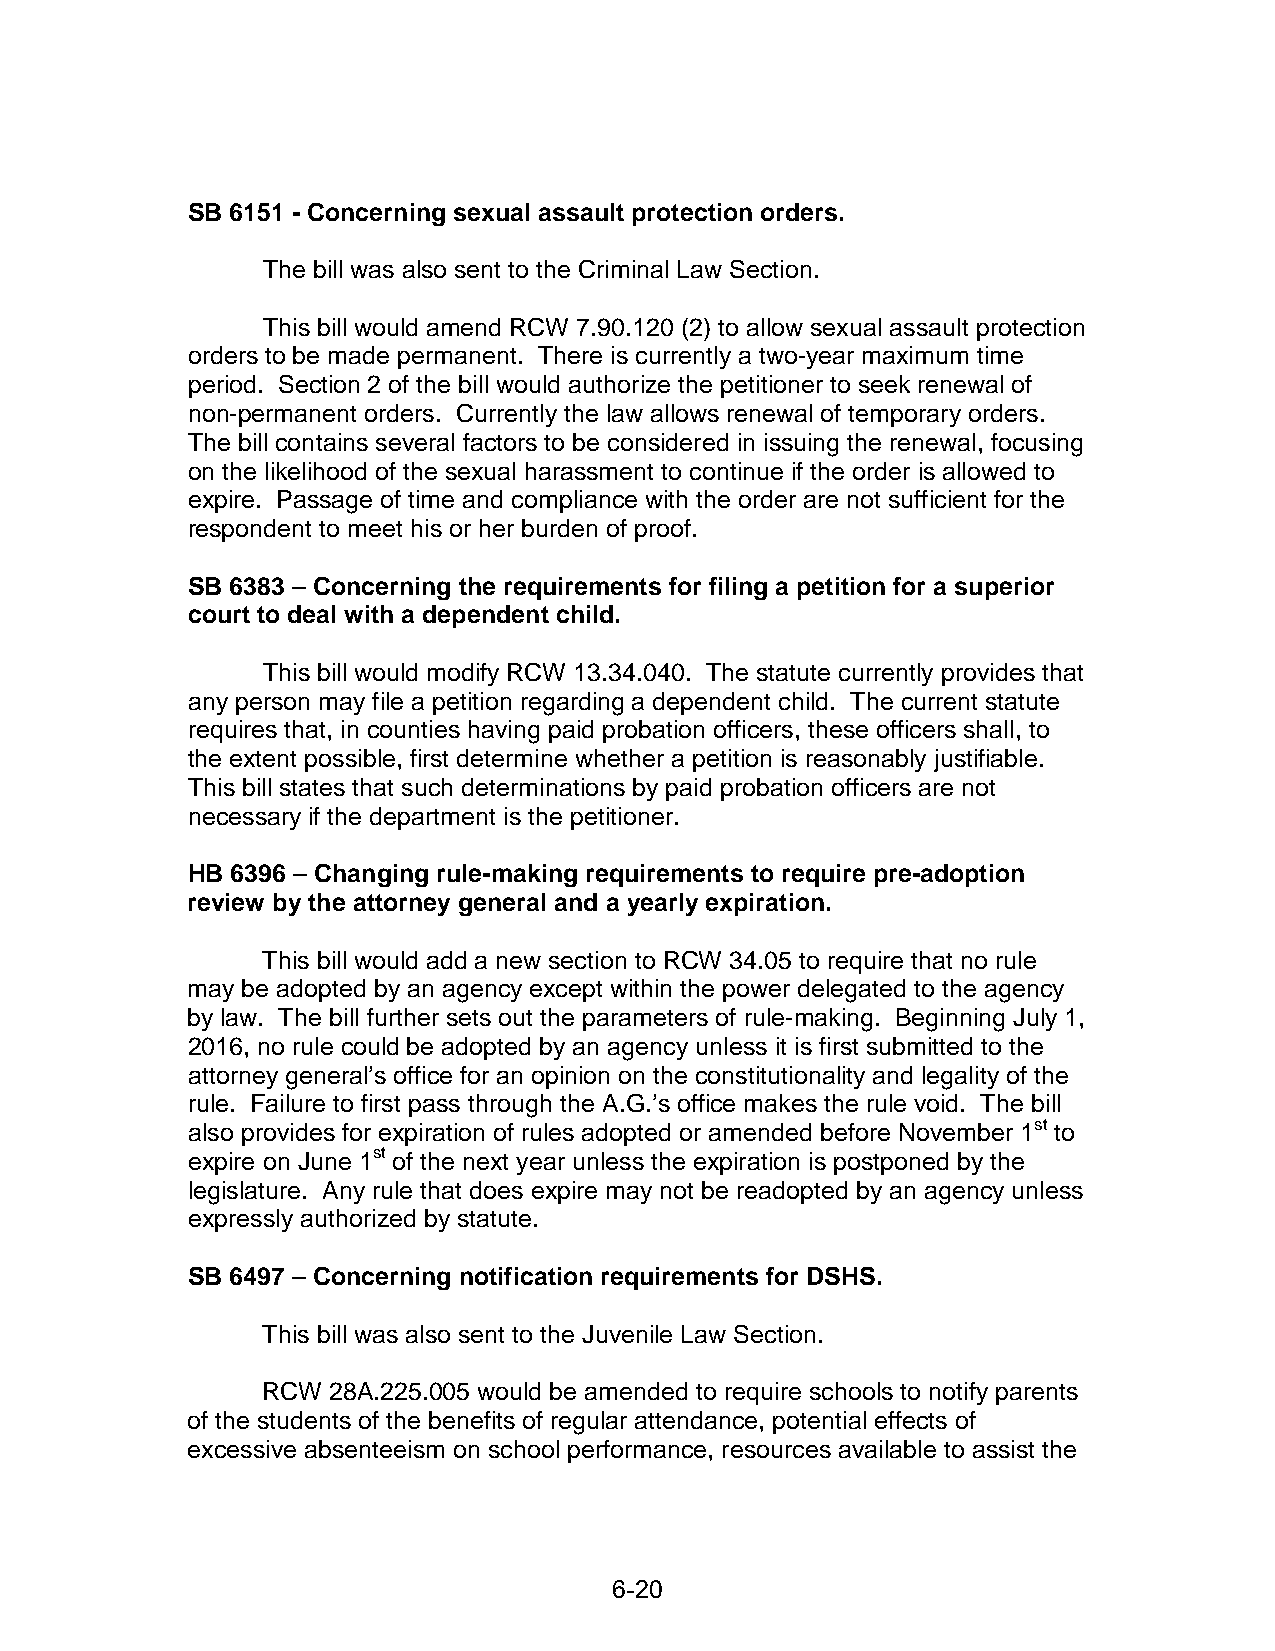
SB 6151 - Concerning sexual assault protection orders.
 The bill was also sent to the Criminal Law Section.
 This bill would amend RCW 7.90.120 (2) to allow sexual assault protection
 orders to be made permanent. There is currently a two-year maximum time
 period. Section 2 of the bill would authorize the petitioner to seek renewal of
 non-permanent orders. Currently the law allows renewal of temporary orders.
 The bill contains several factors to be considered in issuing the renewal, focusing
 on the likelihood of the sexual harassment to continue if the order is allowed to
 expire. Passage of time and compliance with the order are not sufficient for the
 respondent to meet his or her burden of proof.
 SB 6383 – Concerning the requirements for filing a petition for a superior
 court to deal with a dependent child.
 This bill would modify RCW 13.34.040. The statute currently provides that
 any person may file a petition regarding a dependent child. The current statute
 requires that, in counties having paid probation officers, these officers shall, to
 the extent possible, first determine whether a petition is reasonably justifiable.
 This bill states that such determinations by paid probation officers are not
 necessary if the department is the petitioner.
 HB 6396 – Changing rule-making requirements to require pre-adoption
 review by the attorney general and a yearly expiration.
 This bill would add a new section to RCW 34.05 to require that no rule
 may be adopted by an agency except within the power delegated to the agency
 by law. The bill further sets out the parameters of rule-making. Beginning July 1,
 2016, no rule could be adopted by an agency unless it is first submitted to the
 attorney general’s office for an opinion on the constitutionality and legality of the
 rule. Failure to first pass through the A.G.’s office makes the rule void. The bill
 also provides for expiration of rules adopted or amended before November 1st to
 expire on June 1st of the next year unless the expiration is postponed by the
 legislature. Any rule that does expire may not be readopted by an agency unless
 expressly authorized by statute.
 SB 6497 – Concerning notification requirements for DSHS.
 This bill was also sent to the Juvenile Law Section.
 RCW  28A.225.005 would be amended to require schools to notify parents
 of the students of the benefits of regular attendance, potential effects of
 excessive absenteeism on school performance, resources available to assist the
 6-20